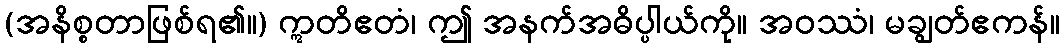
(အနိစ္စတာဖြစ်ရ၏။) ဣတိဧတံ၊ ဤ အနက်အဓိပ္ပါယ်ကို။ အဝဿံ၊ မချွတ်ဧကန်။